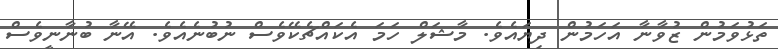
ތަޅުވަމުން ޒުވާނާ އަހަމުން ދިޔައެވެ. މާޝަލް ހަމަ އެކައްޗެކޭވެސް ނުބުނެއެވެ. އޭނާ ބުނާނީވެސް